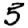
Digit: 5